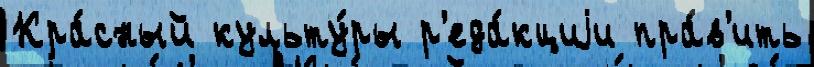
Кра́сный культу́ры р'еда́кциjи пра́в'ить